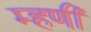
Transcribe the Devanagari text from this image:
म्‍हणी